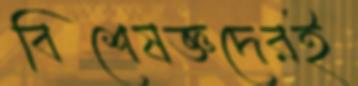
বিশেষজ্ঞদেরই